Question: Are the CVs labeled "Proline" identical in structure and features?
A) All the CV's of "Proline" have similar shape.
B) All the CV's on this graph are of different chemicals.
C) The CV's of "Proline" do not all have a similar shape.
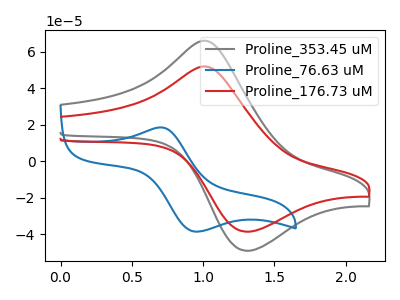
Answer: <think>The gray curve "Proline_353.45 uM" has an anodic peak at (1.05V, 65.65uA) and a cathodic peak at (1.30V, -48.95uA). The blue curve "Proline_76.63 uM" has an anodic peak at (0.70V, 18.55uA) and a cathodic peak at (0.95V, -38.45uA). The red curve "Proline_176.73 uM" has an anodic peak at (1.05V, 51.60uA) and a cathodic peak at (1.30V, -38.50uA).
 "Proline_353.45 uM" and "Proline_76.63 uM" have at least one peak that do not match. All the peaks in "Proline_353.45 uM" have a peak in "Proline_176.73 uM" at the same potential. Every peak in "Proline_353.45 uM" is higher than every peak in "Proline_176.73 uM". "Proline_76.63 uM" and "Proline_176.73 uM" have at least one peak that do not match.</think>
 <answer>A) All the CV's of "Proline" have similar shape.</answer>
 <eval>A</eval>